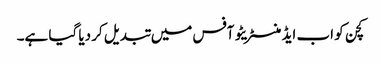
کچن کو اب ایڈمنسٹریٹو آفس میں تبدیل کر دیا گیا ہے۔